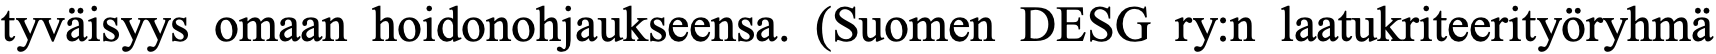
tyväisyys omaan hoidonohjaukseensa. (Suomen DESG ry:n laatukriteerityöryhmä